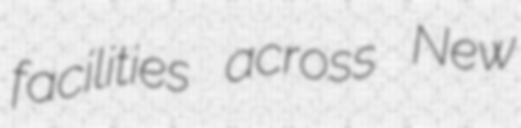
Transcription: facilities across New